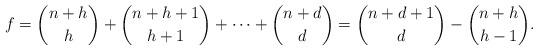
LaTeX: \begin{align*}f={{n+h}\choose h}+{{n+h+1}\choose {h+1}}+\cdots+{{n+d}\choose d}={{n+d+1}\choose {d}}-{{n+h}\choose {h-1}}.\end{align*}